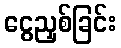
ငွေညှစ်ခြင်း